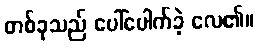
တစ်ခုသည် ပေါ်ပေါက်ခဲ့ လေ၏။